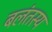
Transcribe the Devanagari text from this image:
बलंतस्य